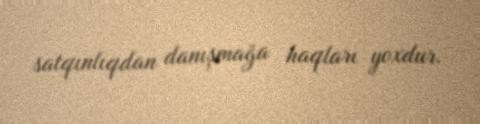
satqınlıqdan danışmağa haqları yoxdur.